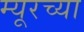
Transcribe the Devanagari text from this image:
म्यूरच्या